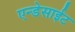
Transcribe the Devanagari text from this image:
एन्डेसाईट